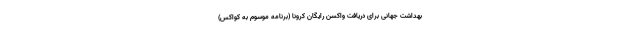
بهداشت جهانی برای دریافت واکسن رایگان کرونا (برنامه موسوم به کواکس)